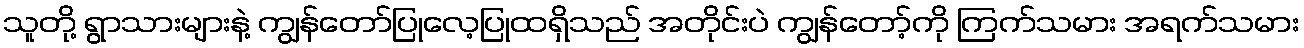
သူတို့ ရွာသားများနဲ့ ကျွန်တော်ပြုလေ့ပြုထရှိသည် အတိုင်းပဲ ကျွန်တော့်ကို ကြက်သမား အရက်သမား